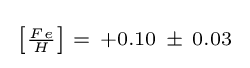
{\begin{smallmatrix}\left[{\frac {Fe}{H}}\right]\ =\ +0.10\ \pm \ 0.03\end{smallmatrix}}